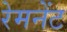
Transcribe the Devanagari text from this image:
रेमनेंट